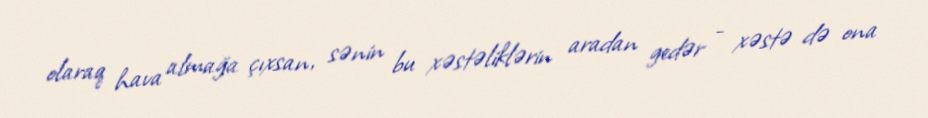
olaraq hava almağa çıxsan, sənin bu xəstəliklərin aradan gedər - xəstə də ona